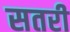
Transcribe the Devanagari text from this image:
सतरी